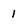
Character: 1